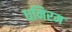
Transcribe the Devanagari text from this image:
धनिरम